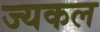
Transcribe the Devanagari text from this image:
ज्यकल